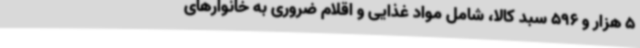
5 هزار و 596 سبد کالا، شامل مواد غذایی و اقلام ضروری به خانوارهای